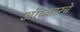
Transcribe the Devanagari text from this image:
ऑस्कारचे